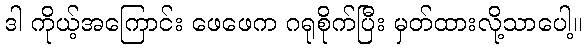
ဒါ ကိုယ့်အကြောင်း ဖေဖေက ဂရုစိုက်ပြီး မှတ်ထားလို့သာပေါ့။